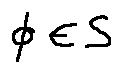
\phi \in S